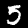
Digit: 5